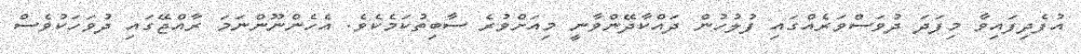
އުފެދިފައިވާ މިފަދަ ދުވަސްވަރެއްގައި ފުލުހުން ދައްކާދޭންވާނީ މިއަށްވުރެ ސާބިތުކަމެކެވެ. އެހެންނޫންނަމަ ރާއްޖޭގައި ދުވަހަކުވެސް